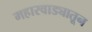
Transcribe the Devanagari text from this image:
महारवाड्यातून